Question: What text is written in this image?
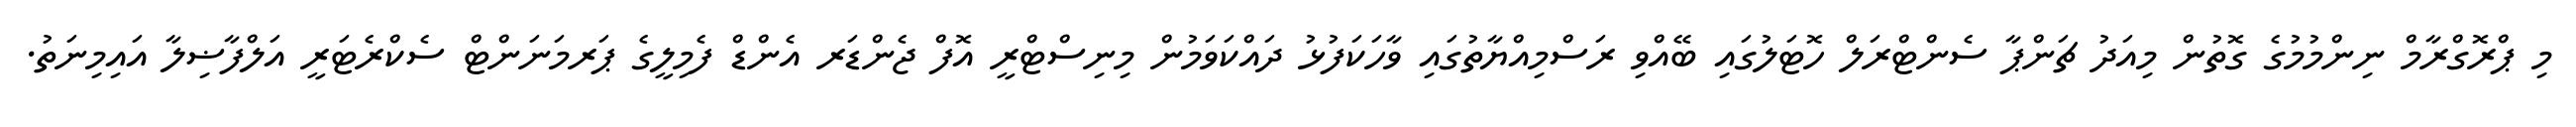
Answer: މި ޕްރޮގްރާމް ނިންމުމުގެ ގޮތުން މިއަދު ޗަންޕާ ސެންޓްރަލް ހޮޓަލުގައި ބޭއްވި ރަސްމިއްޔާތުގައި ވާހަކަފުޅު ދައްކަވަމުން މިނިސްޓްރީ އޮފް ޖެންޑަރ އެންޑް ފެމިލީގެ ޕަރމަނަންޓް ސެކްރެޓަރީ އަލްފާޟިލާ އައިމިނަތު.